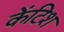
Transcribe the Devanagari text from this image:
केंटिश